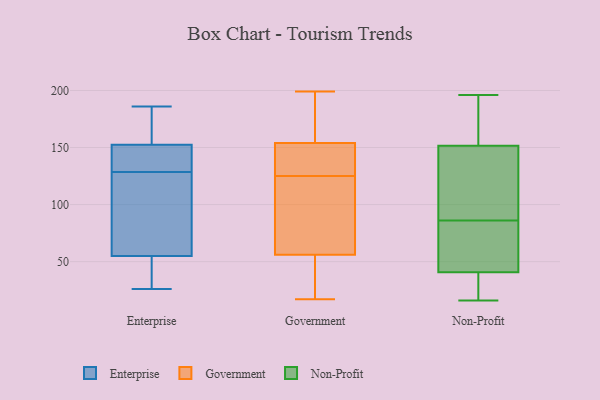
{"axis": {"x": "Customer Acquisition Cost (USD)", "y": "Value"}, "legend": ["Enterprise", "Government", "Non-Profit"], "data": [{"x": "", "y": 130, "type": "Enterprise"}, {"x": "", "y": 26, "type": "Enterprise"}, {"x": "", "y": 46, "type": "Enterprise"}, {"x": "", "y": 47, "type": "Enterprise"}, {"x": "", "y": 152, "type": "Enterprise"}, {"x": "", "y": 76, "type": "Enterprise"}, {"x": "", "y": 63, "type": "Enterprise"}, {"x": "", "y": 153, "type": "Enterprise"}, {"x": "", "y": 186, "type": "Enterprise"}, {"x": "", "y": 165, "type": "Enterprise"}, {"x": "", "y": 127, "type": "Enterprise"}, {"x": "", "y": 135, "type": "Enterprise"}, {"x": "", "y": 199, "type": "Government"}, {"x": "", "y": 132, "type": "Government"}, {"x": "", "y": 66, "type": "Government"}, {"x": "", "y": 154, "type": "Government"}, {"x": "", "y": 56, "type": "Government"}, {"x": "", "y": 130, "type": "Government"}, {"x": "", "y": 55, "type": "Government"}, {"x": "", "y": 183, "type": "Government"}, {"x": "", "y": 17, "type": "Government"}, {"x": "", "y": 183, "type": "Government"}, {"x": "", "y": 74, "type": "Government"}, {"x": "", "y": 18, "type": "Government"}, {"x": "", "y": 132, "type": "Government"}, {"x": "", "y": 146, "type": "Government"}, {"x": "", "y": 39, "type": "Government"}, {"x": "", "y": 185, "type": "Government"}, {"x": "", "y": 120, "type": "Government"}, {"x": "", "y": 85, "type": "Government"}, {"x": "", "y": 72, "type": "Non-Profit"}, {"x": "", "y": 16, "type": "Non-Profit"}, {"x": "", "y": 114, "type": "Non-Profit"}, {"x": "", "y": 17, "type": "Non-Profit"}, {"x": "", "y": 29, "type": "Non-Profit"}, {"x": "", "y": 95, "type": "Non-Profit"}, {"x": "", "y": 164, "type": "Non-Profit"}, {"x": "", "y": 103, "type": "Non-Profit"}, {"x": "", "y": 70, "type": "Non-Profit"}, {"x": "", "y": 194, "type": "Non-Profit"}, {"x": "", "y": 76, "type": "Non-Profit"}, {"x": "", "y": 31, "type": "Non-Profit"}, {"x": "", "y": 86, "type": "Non-Profit"}, {"x": "", "y": 196, "type": "Non-Profit"}, {"x": "", "y": 181, "type": "Non-Profit"}]}